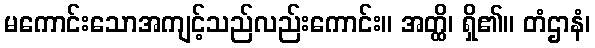
မကောင်းသောအကျင့်သည်လည်းကောင်း။ အတ္ထိ၊ ရှိ၏။ တံဌာနံ၊